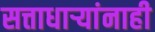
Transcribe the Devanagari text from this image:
सत्ताधाऱ्यांनाही